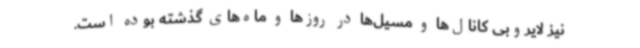
نیز لایروبی کانال‌ها و مسیل‌ها در روزها و ماه‌های گذشته بوده است.